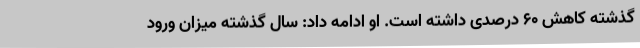
گذشته کاهش 60 درصدی داشته است. او ادامه داد: سال گذشته میزان ورود